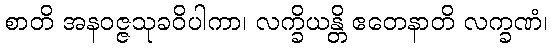
စာတိ အနဝဇ္ဇသုခဝိပါကာ၊ လက္ခိယန္တိ ဧတေနာတိ လက္ခဏံ၊